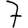
Digit: 7